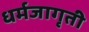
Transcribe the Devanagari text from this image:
धर्मजागृती